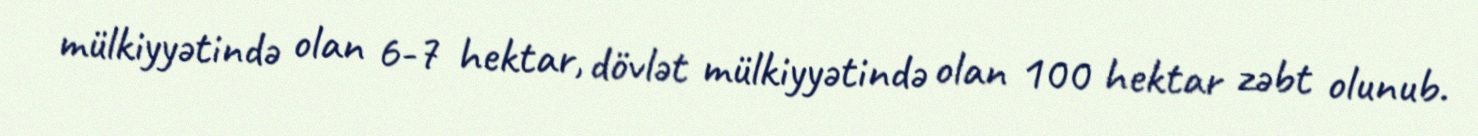
mülkiyyətində olan 6-7 hektar, dövlət mülkiyyətində olan 100 hektar zəbt olunub.